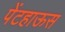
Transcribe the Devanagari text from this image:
पेंटहाऊस